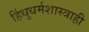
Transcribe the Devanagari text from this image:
हिंधुधर्मशास्त्राही